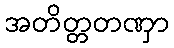
အတိတ္တတဏှာ